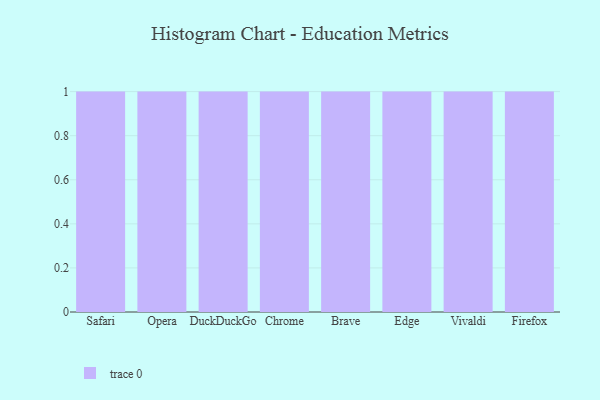
{"axis": {"x": "Browser", "y": "Shipments"}, "legend": [""], "data": [{"x": "Safari", "y": 25, "type": ""}, {"x": "Opera", "y": 85, "type": ""}, {"x": "DuckDuckGo", "y": 12, "type": ""}, {"x": "Chrome", "y": 81, "type": ""}, {"x": "Brave", "y": 84, "type": ""}, {"x": "Edge", "y": 62, "type": ""}, {"x": "Vivaldi", "y": 44, "type": ""}, {"x": "Firefox", "y": 4, "type": ""}]}